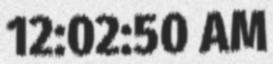
12:02:50 AM